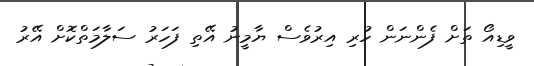
ވީޑިއޯ ތަށް ފެންނަން ހުރި އިރުވެސް ޔާމީނު އޭތި ފަހަރު ސަލާމަތްކޮށް އޭރު